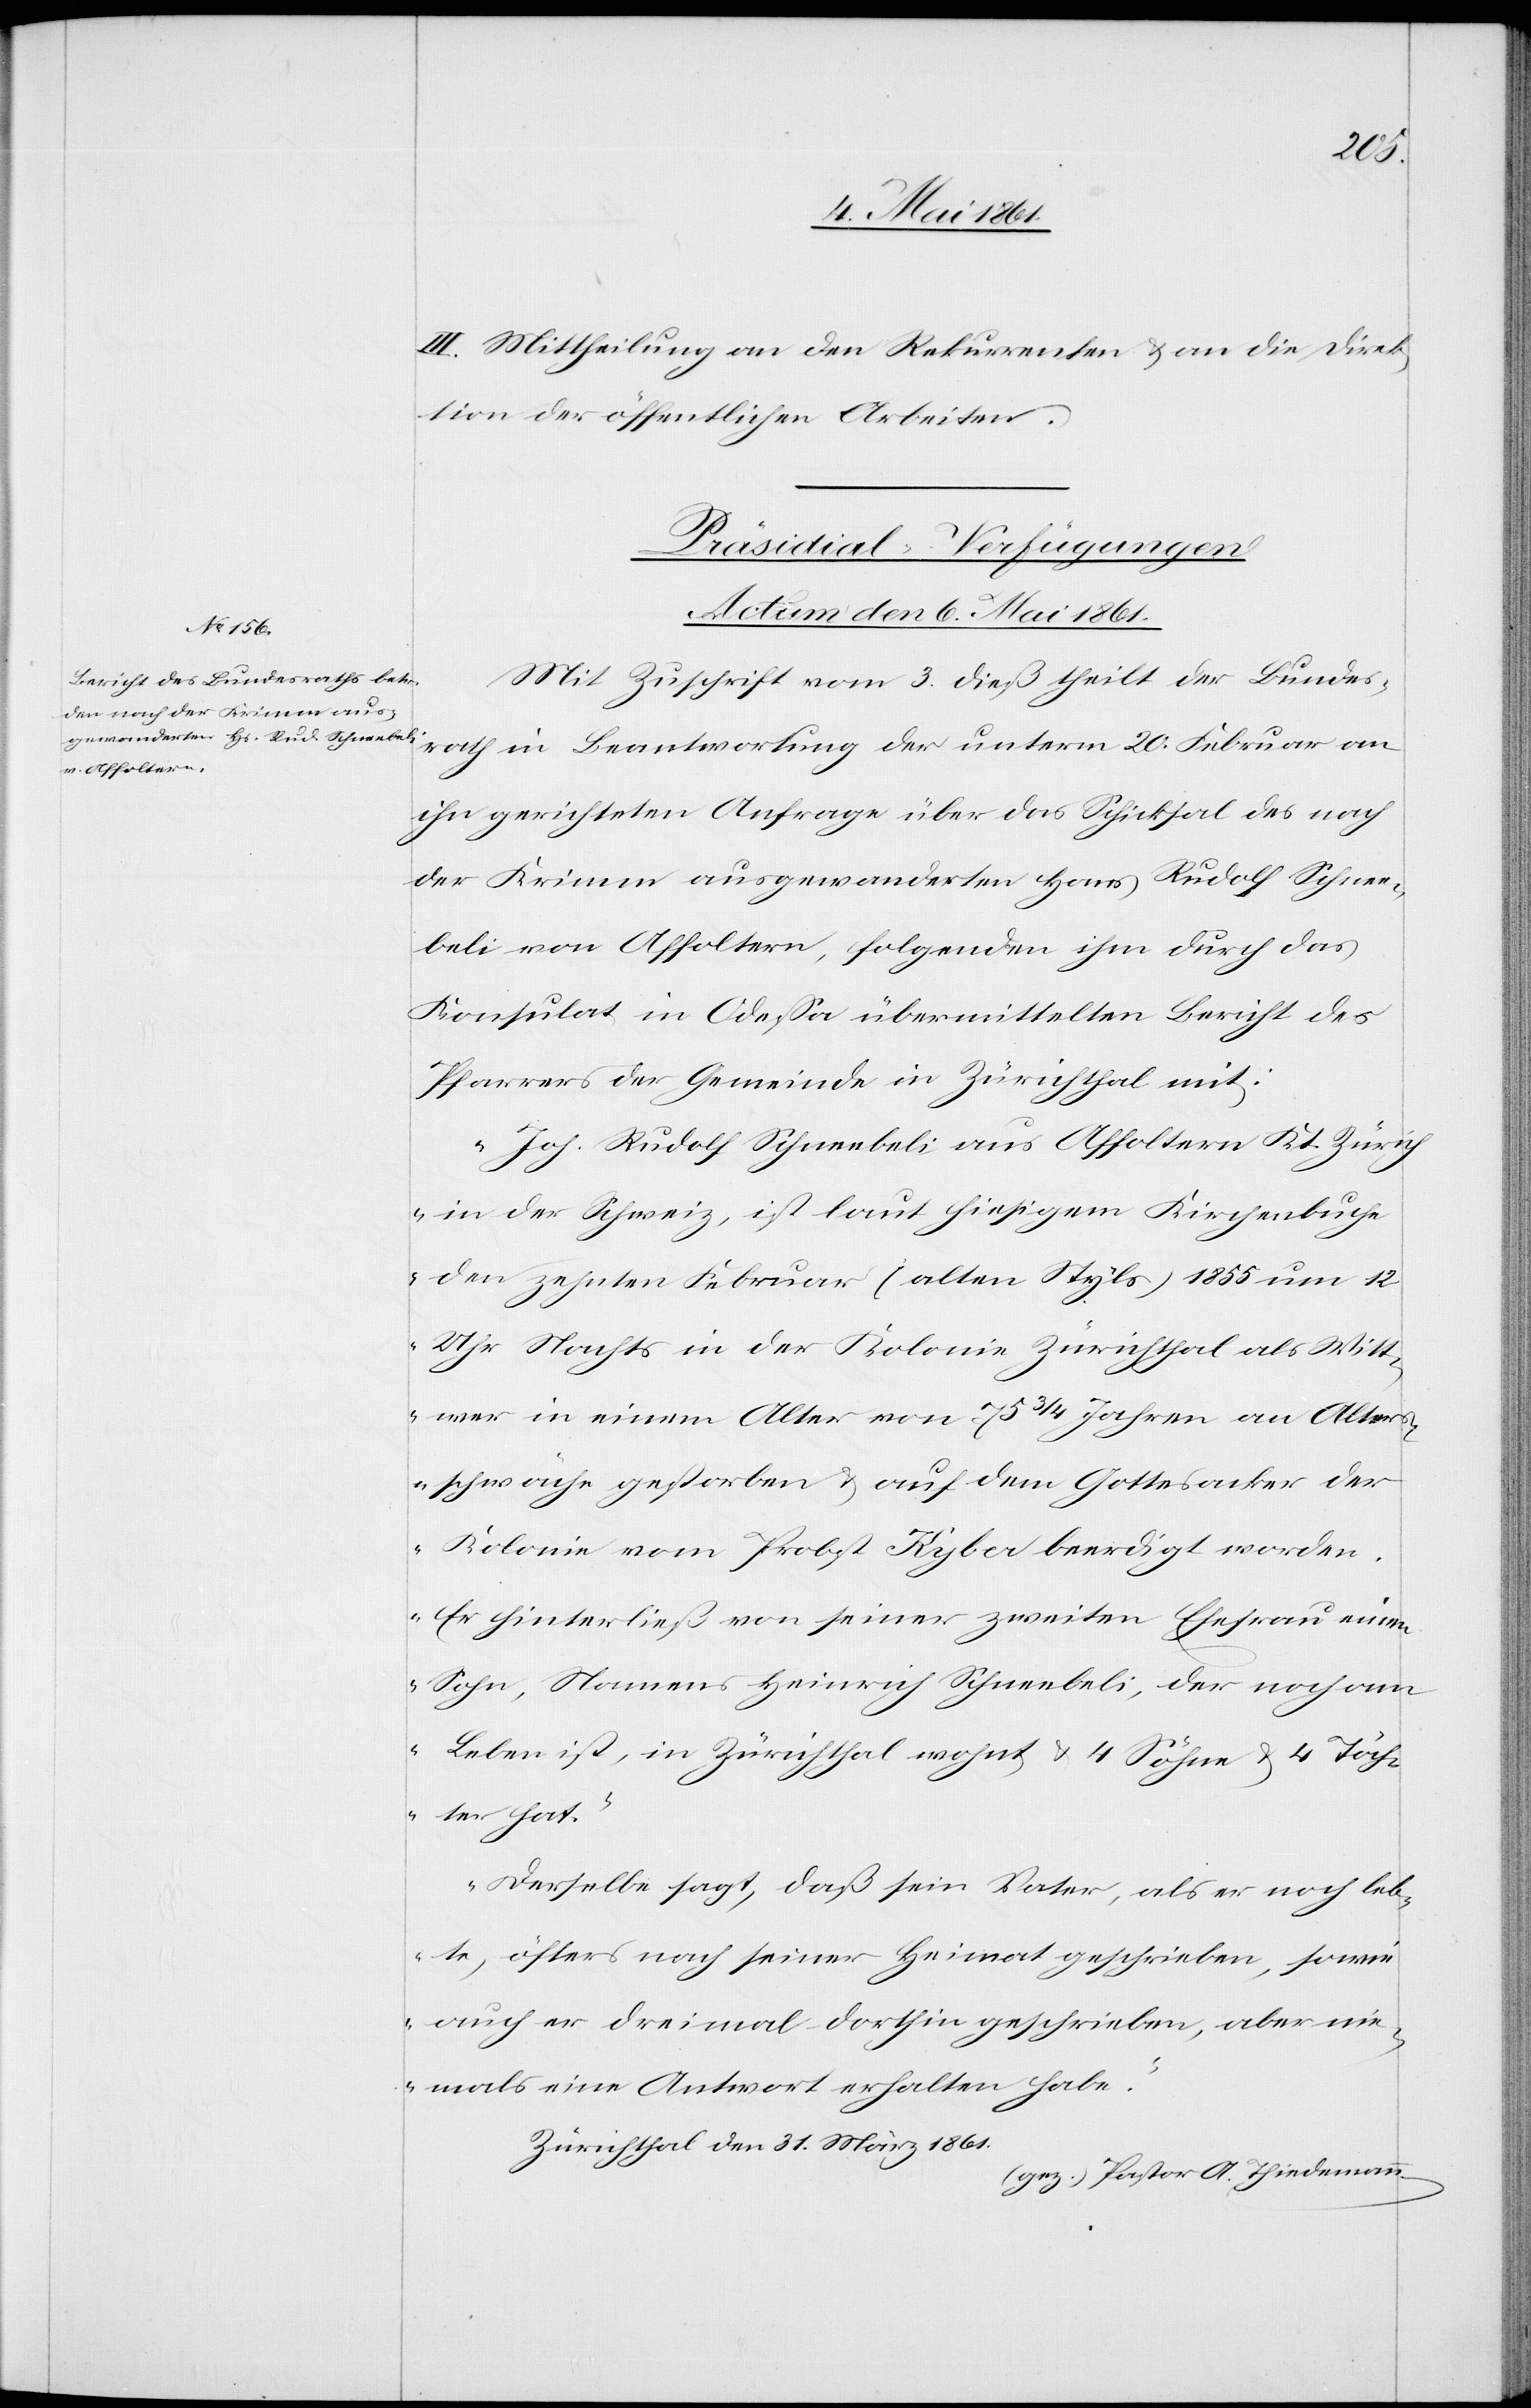
III. Mittheilung an den Rekurrenten u. an die Direk¬
tion der öffentlichen Arbeiten.
Präsidial-Verfügungen.
Actum den 6. Mai 1861
Mit Zuschrift vom 3. dieß theilt der Bundes¬
rath in Beantwortung der unterm 20. Februar an
ihn gerichteten Anfrage über das Schicksal des nach
der Krimm ausgewanderten Hans Rudolf Schnee¬
beli von Affoltern, folgenden ihm durch das
Konsulat in Odessa übermittelten Bericht des
Pfarrers der Gemeinde in Zürichthal mit:
„Joh. Rudolf Schneebeli aus Affoltern Kt. Zürich
in der Schweiz, ist laut hiesigem Kirchenbuche
den zehnten Februar (alten Styls) 1855 um 12
Uhr Nachts in der Kolonie Zürichthal als Witt¬
wer in einem Alter von 75 3/4 Jahren an Alters¬
schwäche gestorben u. auf dem Gottesacker der
Kolonie vom Probst Kyba beerdigt worden.
Er hinterließ von seiner zweiten Ehefrau einen
Sohn, Namens Heinrich Schneebeli, der noch am
Leben ist, in Zürichthal wohnt u. 4 Söhne u. 4 Töch¬
ter hat.
Derselbe sagt, daß sein Vater, als er noch leb¬
te, öfters nach seiner Heimat geschrieben, sowie
auch er dreimal dorthin geschrieben, aber nie¬
mals eine Antwort erhalten habe.“
Zürichthal den 31. März 1861
(gez.) Pastor A. Thiedemann